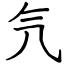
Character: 氕